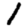
Digit: 1